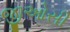
જીઓસી